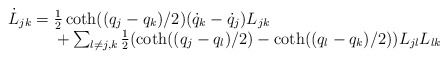
\begin{align*}\begin{array}{l}\dot L_{jk}=\frac{1}{2}\coth((q_{j}-q_{k})/2)(\dot q_{k}-\dot q_{j})L_{jk}\\\quad\quad\quad+\sum_{l\neq j,k}\frac{1}{2} (\coth((q_{j}-q_{l})/2)-\coth((q_{l}-q_{k})/2))L_{jl}L_{lk}\end{array}\end{align*}